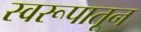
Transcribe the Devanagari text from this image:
स्वरूपातून